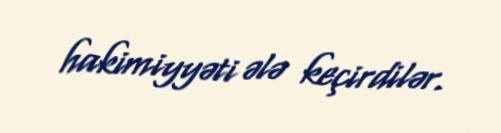
hakimiyyəti ələ keçirdilər.